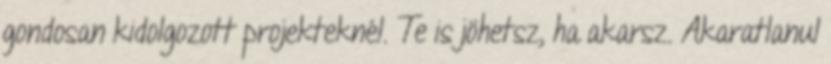
gondosan kidolgozott projekteknél. Te is jöhetsz, ha akarsz. Akaratlanul